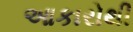
આકારોથી